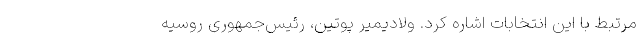
مرتبط با این انتخابات اشاره کرد. ولادیمیر پوتین، رئیس‌جمهوری روسیه